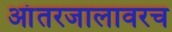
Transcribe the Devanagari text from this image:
आंतरजालावरच